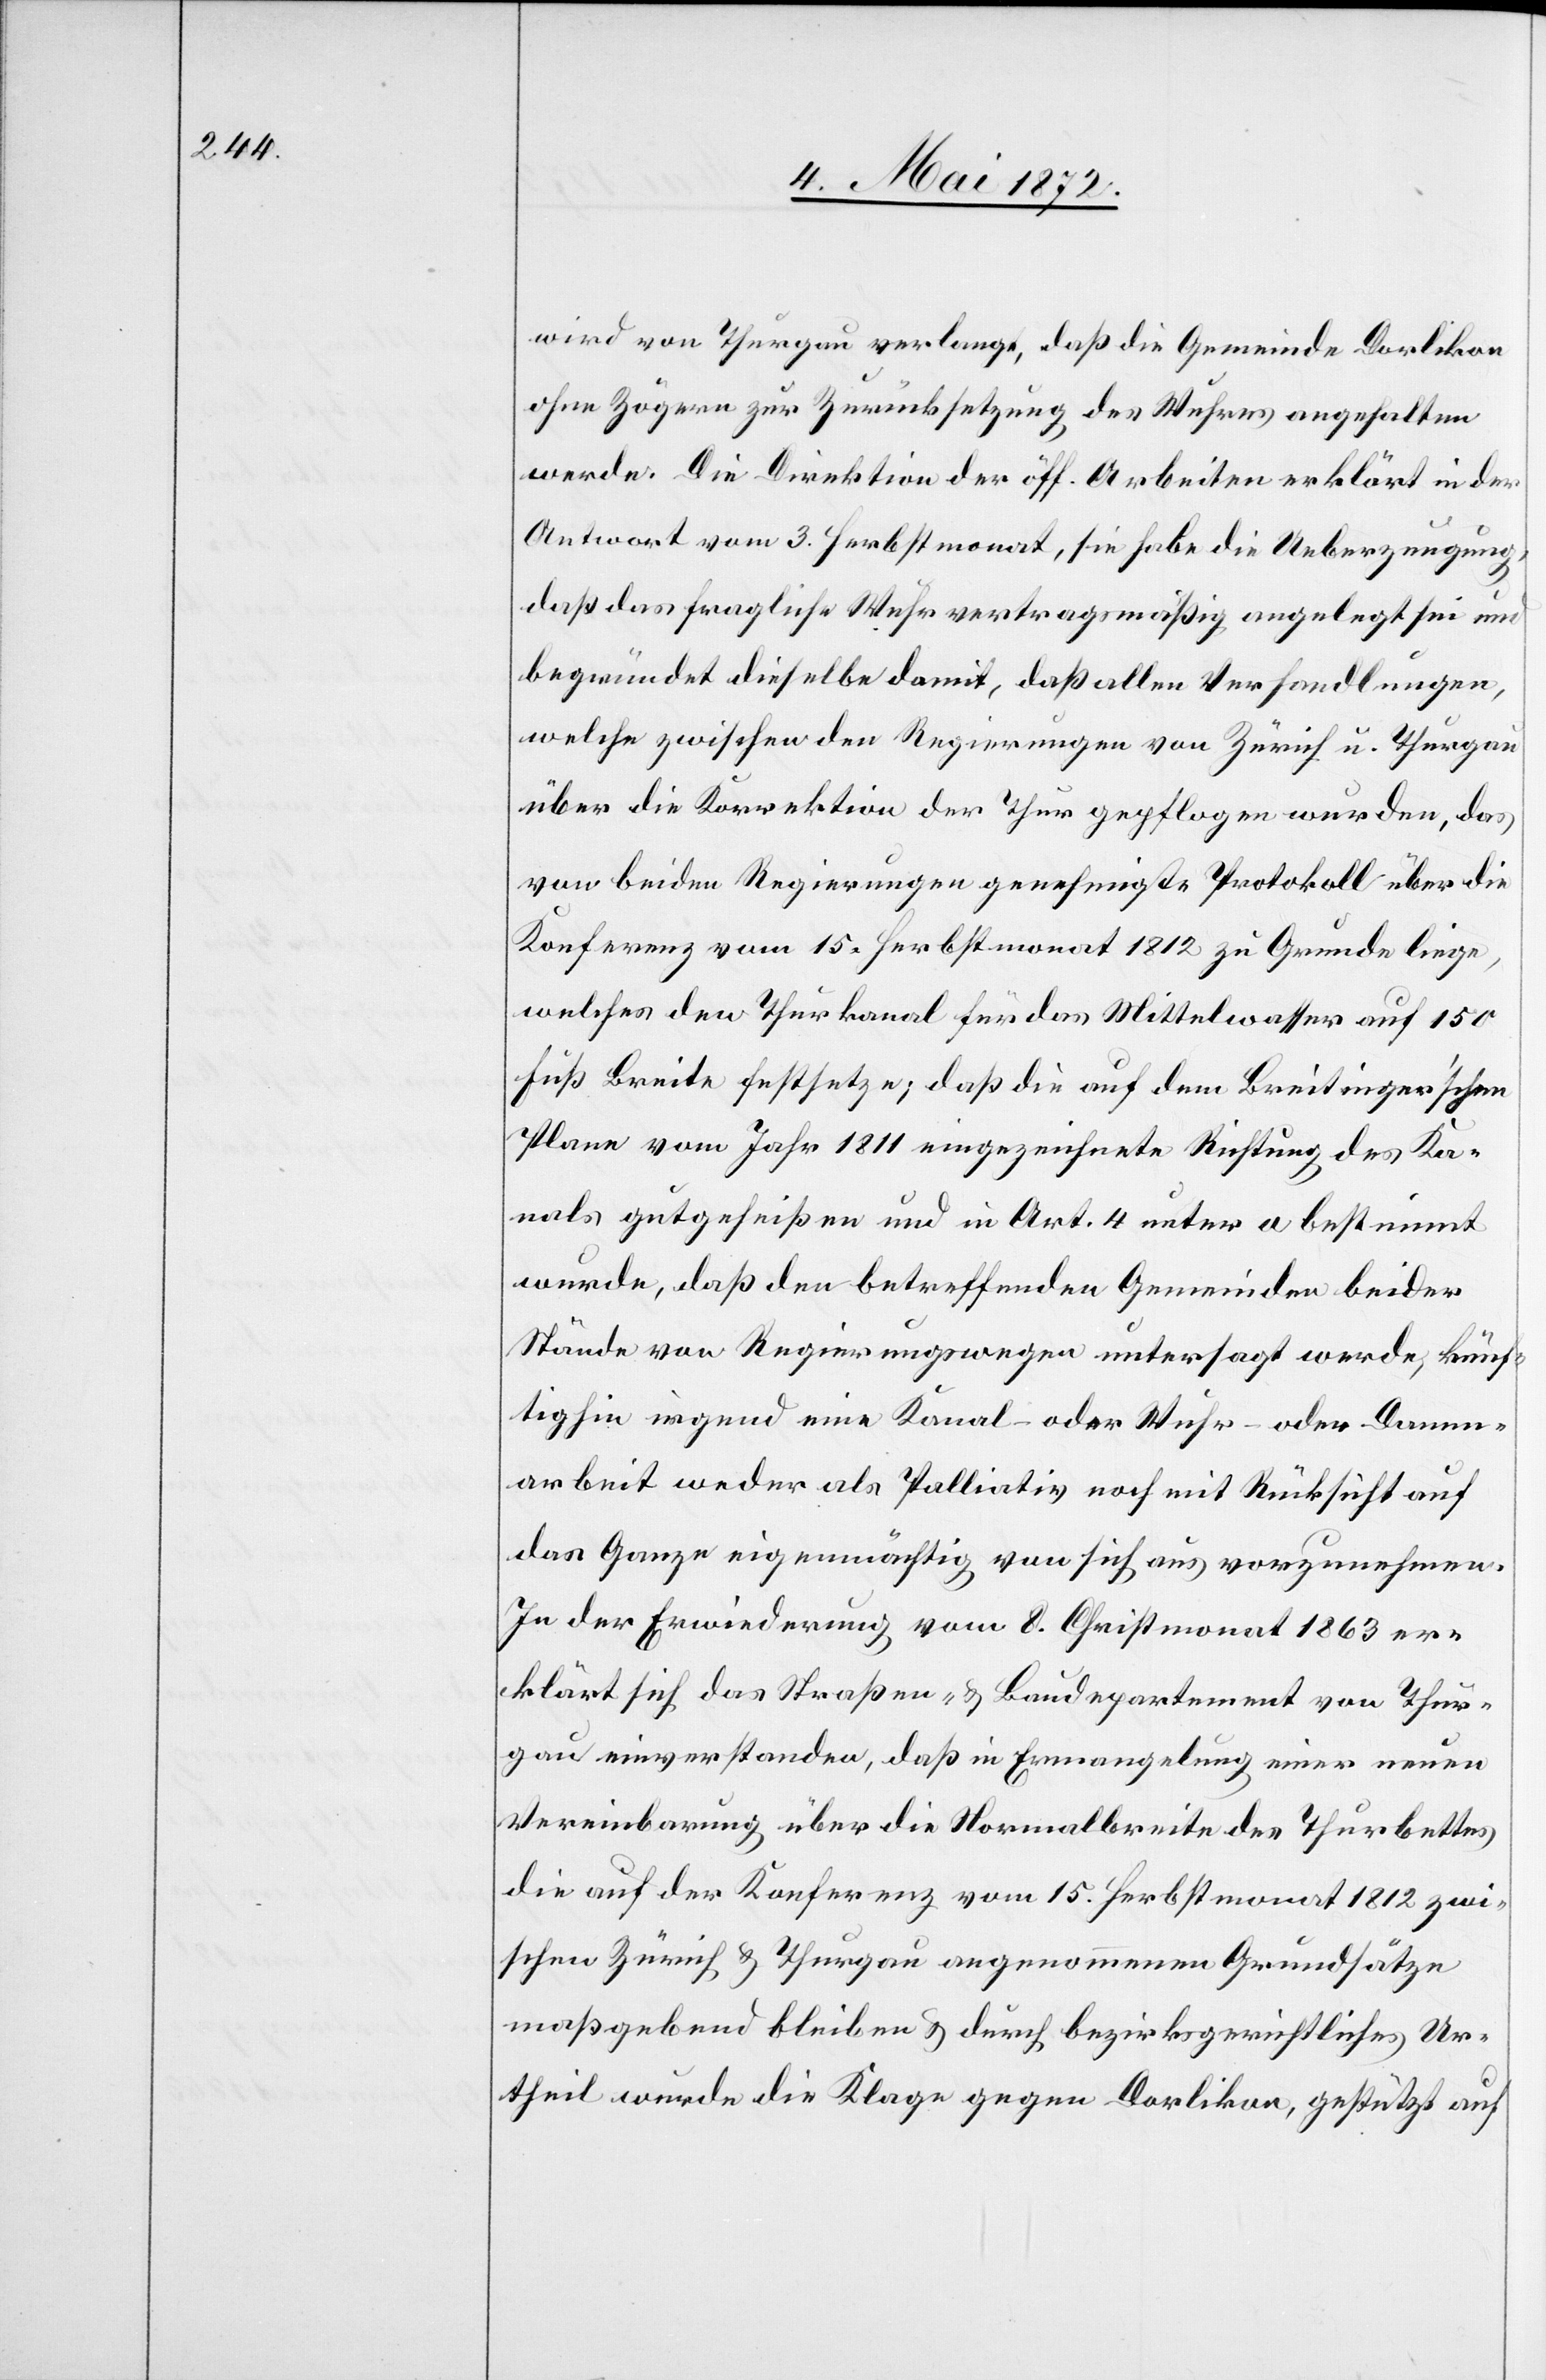
wird von Thurgau verlangt, daß die Gemeinde Dorlikon
ohne Zögern zur Zurücksetzung des Wuhres angehalten
werde. Die Direktion der öff. Arbeiten erklärt in der
Antwort vom 3. Herbstmonat, sie habe die Ueberzeugung,
daß das fragliche Wuhr vertragsmäßig angelegt sei und
begründet dieselbe damit, daß allen Verhandlungen,
welche zwischen den Regierungen von Zürich u. Thurgau
über die Korrektion der Thur gepflogen wurden, das
von beiden Regierungen genehmigte Protokoll über die
Konferenz vom 15. Herbstmonat 1812 zu Grunde liege,
welches den Thurkanal für das Mittelwasser auf 150
Fuß Breite festsetze; daß die auf dem Breitinger’schen
Plane vom Jahr 1811 eingezeichnete Richtung des Ka¬
nals gutgeheißen und in Art. 4 unter a bestimmt
wurde, daß den betreffenden Gemeinden beider
Stände von Regierungswegen untersagt werde, künf¬
tighin irgend eine Kanal- oder Wuhr- oder Damm¬
arbeit weder als Palliativ noch mit Rücksicht auf
das Ganze eigenmächtig von sich aus vorzunehmen.
In der Erwiederung vom 8. Christmonat 1863 er¬
klärt sich das Straßen- u. Baudepartement von Thur¬
gau einverstanden, daß in Ermangelung einer neuen
Vereinbarung über die Normalbreite des Thurbettes
die auf der Konferenz vom 15. Herbstmonat 1812 zwi¬
schen Zürich u. Thurgau angenommenen Grundsätze
maßgebend bleiben u. durch bezirksgerichtliches Ur¬
theil wurde die Klage gegen Dorlikon, gestützt auf